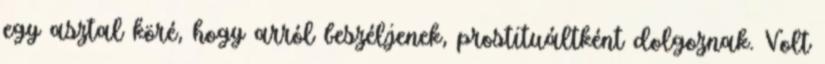
egy asztal köré, hogy arról beszéljenek, prostituáltként dolgoznak. Volt